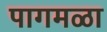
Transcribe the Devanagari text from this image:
पागमळा